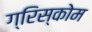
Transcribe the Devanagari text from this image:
ग्रिस्कोम